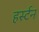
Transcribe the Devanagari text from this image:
हर्स्टन